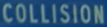
COLLISION